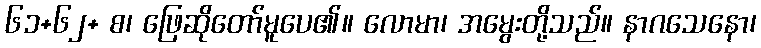
၆၁+၆၂+ စ၊ ဖြေဆိုတော်မူပေ၏။ လောမာ၊ အမွေးတို့သည်။ နာဂသေနော၊